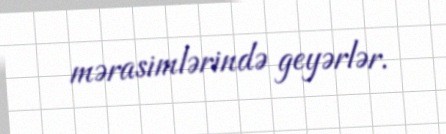
mərasimlərində geyərlər.